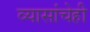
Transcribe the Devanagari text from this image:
व्यासांचेही